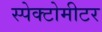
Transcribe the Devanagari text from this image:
स्पेक्टोमीटर